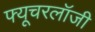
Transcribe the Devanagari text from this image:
फ्यूचरलॉजी